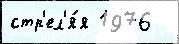
стр'ел'я́я 1976